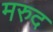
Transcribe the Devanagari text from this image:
मरुद